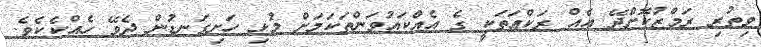
ވިތުރި ރަމްޒުކޮށްދޭ އެއް ރަކްޢަތަކީ ގެ އެއްކައުވަންތަކަމަށް މުޅި ހަށިގަނޑުން ދެވޭ ހެއްކެކެވެ.